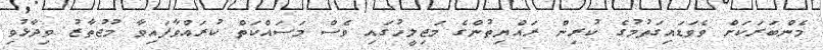
މެންބަރަކަށް ވެވަޑައިގަތުމުގެ ކުރިން ރައްޔިތުންގެ މަޖިލީހުގައި ވެސް މަސައްކަތް ކުރައްވާފައިވާ މުޖުތާޒު ވިދާޅުވި